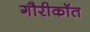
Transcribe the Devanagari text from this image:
गौरीकॉत